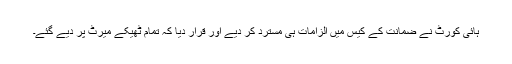
ہائی کورٹ نے ضمانت کے کیس میں الزامات ہی مسترد کر دیے اور قرار دیا کہ تمام ٹھیکے میرٹ پر دیے گئے۔